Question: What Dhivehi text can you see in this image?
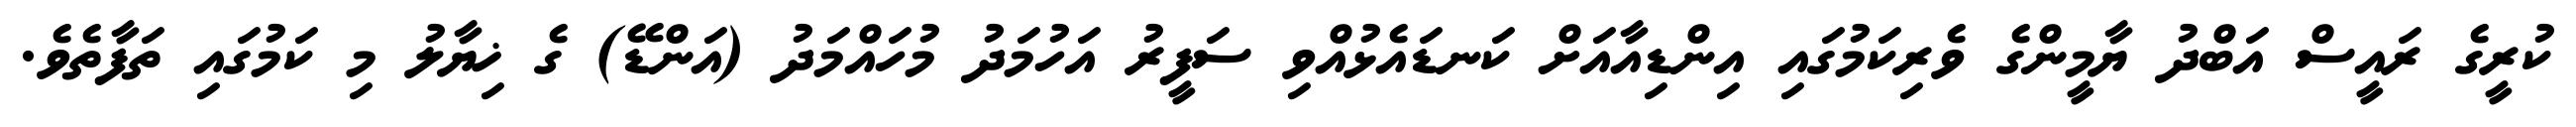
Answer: ކުރީގެ ރައީސް އަބްދު ޔާމީންގެ ވެރިކަމުގައި އިންޑިއާއަށް ކަނޑައެޅުއްވި ސަފީރު އަހުމަދު މުހައްމަދު (އަންޑޭ) ގެ ޚިޔާލު މި ކަމުގައި ތަފާތެވެ.